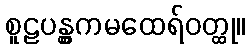
စူဠပန္တွကမထေရ်ဝတ္ထု။